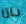
داتا